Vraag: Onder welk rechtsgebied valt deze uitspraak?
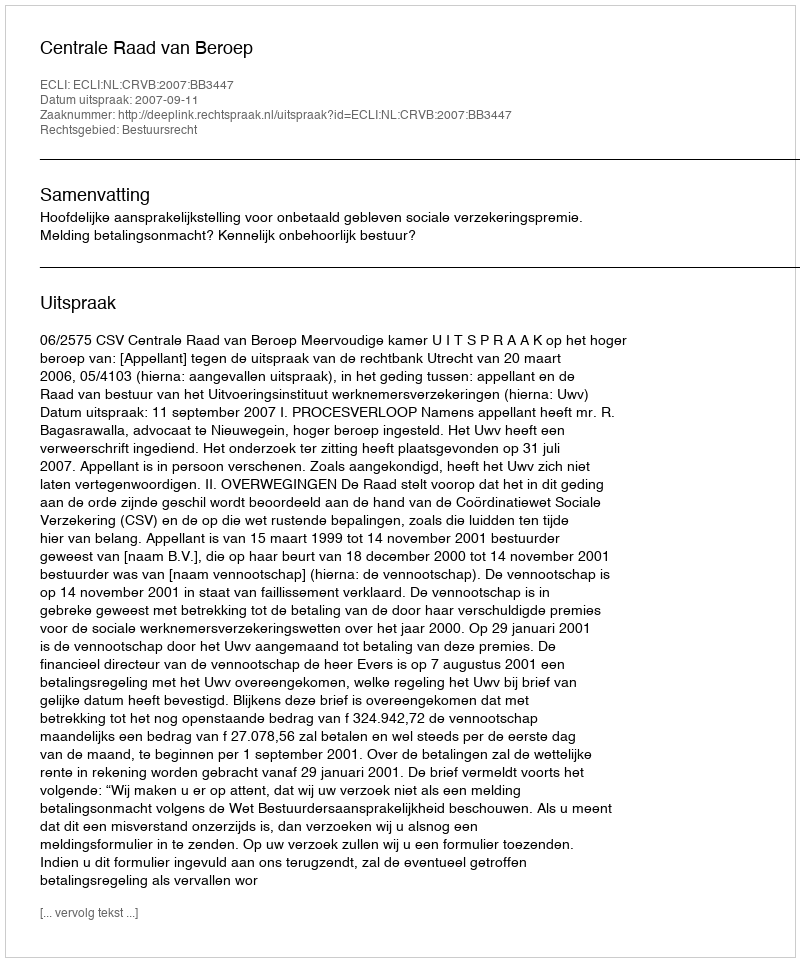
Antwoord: Bestuursrecht